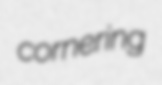
cornering